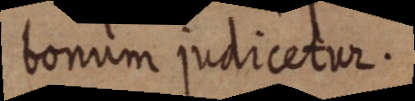
bonum judicetur.